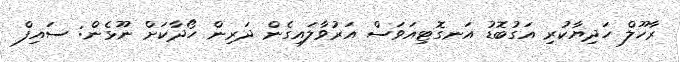
ރާހޫލް ހަދިޔާކުރި އަގުބޮޑު އަނގޮޓިއަވަސް އަރުވާލައިގެން ދަރިން ހޯދާކަށް ނޫޅެން: ސައިފް